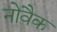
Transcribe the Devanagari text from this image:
नोवैक